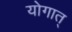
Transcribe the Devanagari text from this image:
योगात्